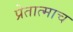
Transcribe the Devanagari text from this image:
प्रेतात्माच